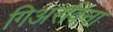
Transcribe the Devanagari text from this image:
गिअरविना